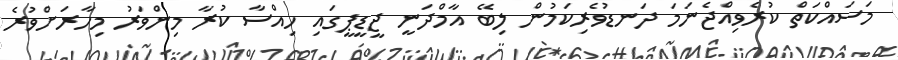
މަސައްކަތް ކުރެވިއްޖެނަމަ ދަނޑުވެރިކަމުން ލިބޭ އާމްދަނީ ޖީޑީޕީގައި ހިއްސާ ކުރާ މިންވަރު މިހާރަށްވުރެ